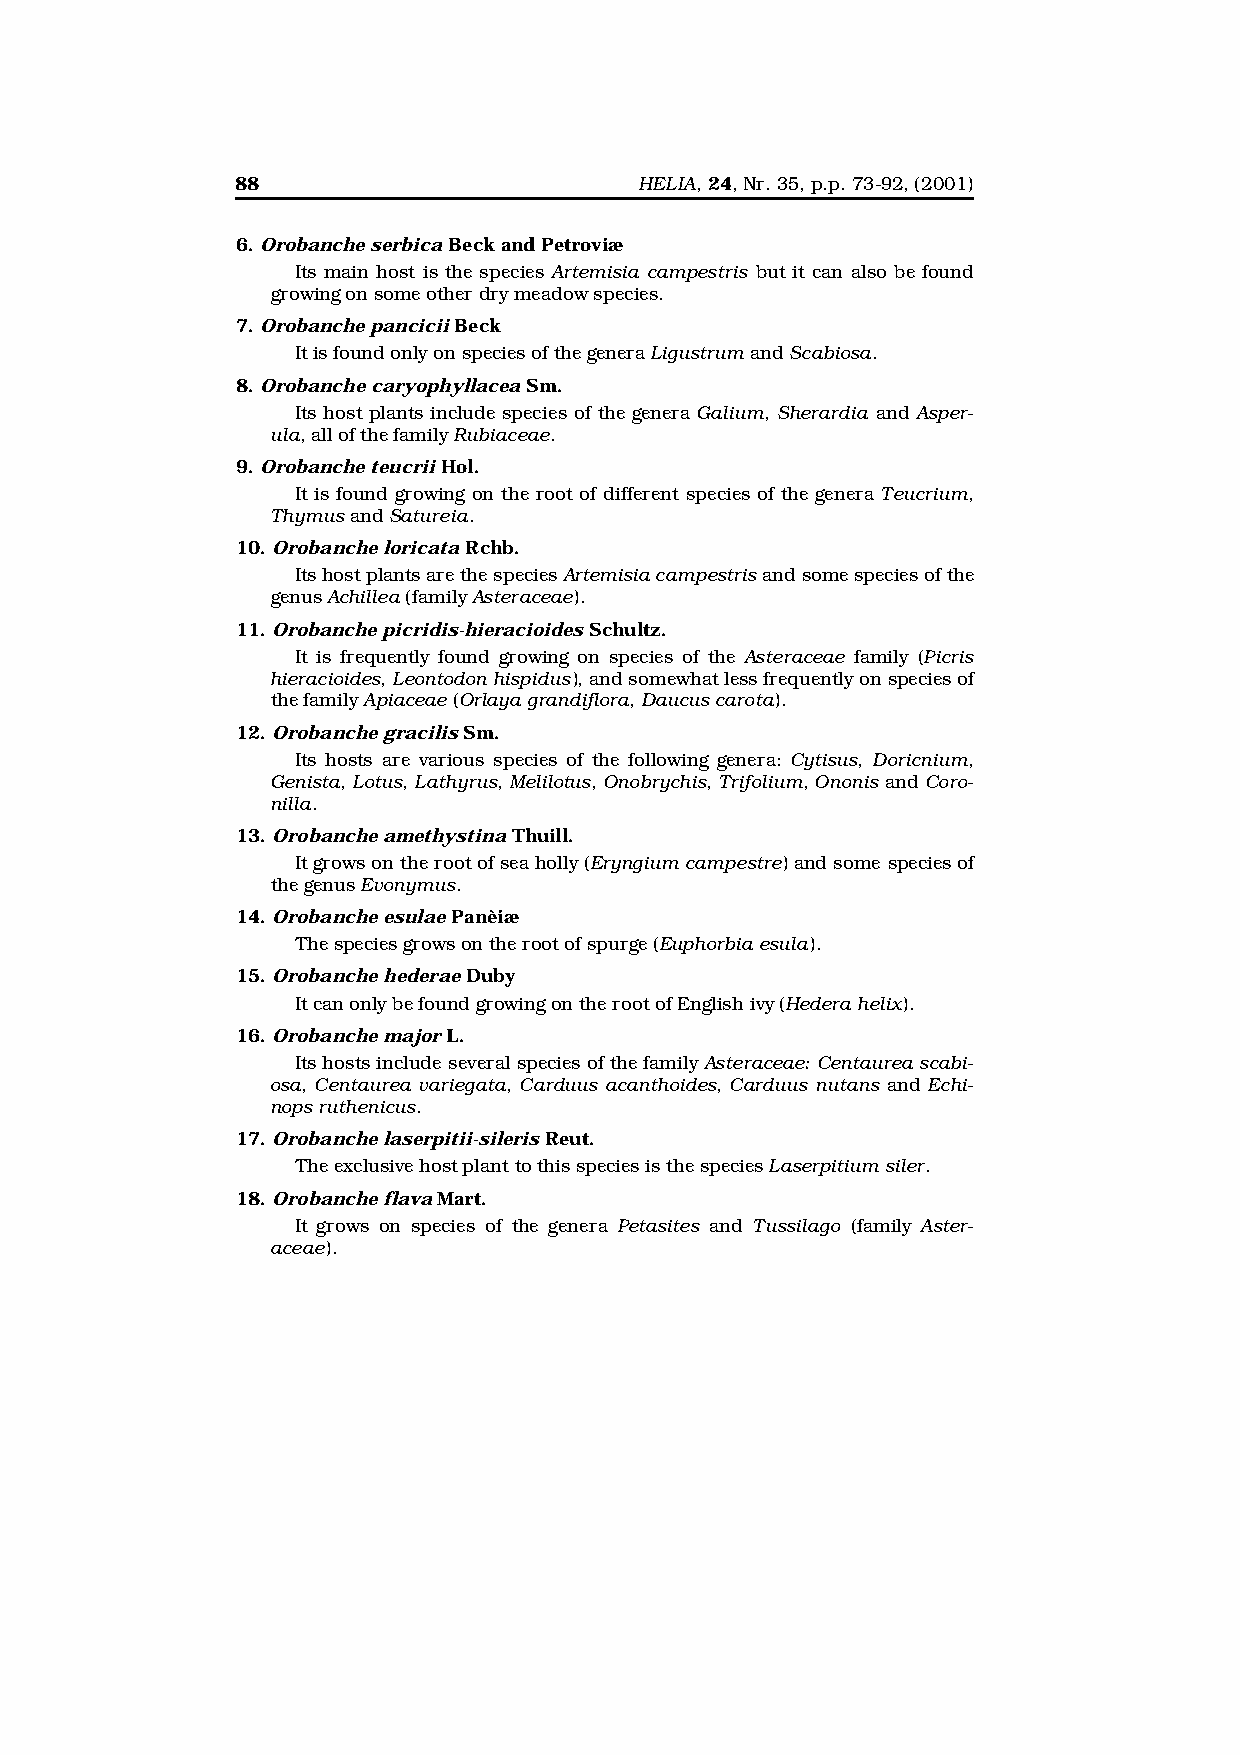
88                        HELIA, 24, Nr. 35, p.p. 73-92, (2001)
 6. Orobanche serbica Beck and Petroviæ
 Its main host is the species Artemisia campestris but it can also be found
 growing on some other dry meadow species.
 7. Orobanche pancicii Beck
 It is found only on species of the genera Ligustrum and Scabiosa.
 8. Orobanche caryophyllacea Sm.
 Its host plants include species of the genera Galium, Sherardia and Asper-
 ula, all of the family Rubiaceae.
 9. Orobanche teucrii Hol.
 It is found growing on the root of different species of the genera Teucrium,
 Thymus and Satureia.
 10. Orobanche loricata Rchb.
 Its host plants are the species Artemisia campestris and some species of the
 genus Achillea (family Asteraceae).
 11. Orobanche picridis-hieracioides Schultz.
 It is frequently found growing on species of the Asteraceae family (Picris
 hieracioides, Leontodon hispidus), and somewhat less frequently on species of
 the family Apiaceae (Orlaya grandiflora, Daucus carota).
 12. Orobanche gracilis Sm.
 Its hosts are various species of the following genera: Cytisus, Doricnium,
 Genista, Lotus, Lathyrus, Melilotus, Onobrychis, Trifolium, Ononis and Coro-
 nilla.
 13. Orobanche amethystina Thuill.
 It grows on the root of sea holly (Eryngium campestre) and some species of
 the genus Evonymus.
 14. Orobanche esulae Panèiæ
 The species grows on the root of spurge (Euphorbia esula).
 15. Orobanche hederae Duby
 It can only be found growing on the root of English ivy (Hedera helix).
 16. Orobanche major L.
 Its hosts include several species of the family Asteraceae: Centaurea scabi-
 osa, Centaurea variegata, Carduus acanthoides, Carduus nutans and Echi-
 nops ruthenicus.
 17. Orobanche laserpitii-sileris Reut.
 The exclusive host plant to this species is the species Laserpitium siler.
 18. Orobanche flava Mart.
 It grows on species of the genera Petasites and Tussilago (family Aster-
 aceae).